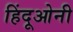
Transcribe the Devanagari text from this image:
हिंदूओनी